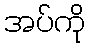
အပ်ကို